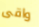
واقى